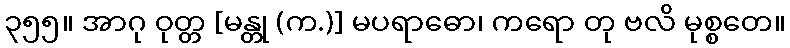
၃၅၅။ အာဂု ဝုတ္တ [မန္တု (က.)] မပရာဓော၊ ကရော တု ဗလိ မုစ္စတေ။